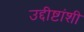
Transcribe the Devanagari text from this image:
उद्दीष्टांशी